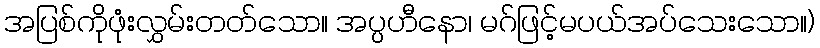
အပြစ်ကိုဖုံးလွှမ်းတတ်သော။ အပ္ပဟီနော၊ မဂ်ဖြင့်မပယ်အပ်သေးသော။)